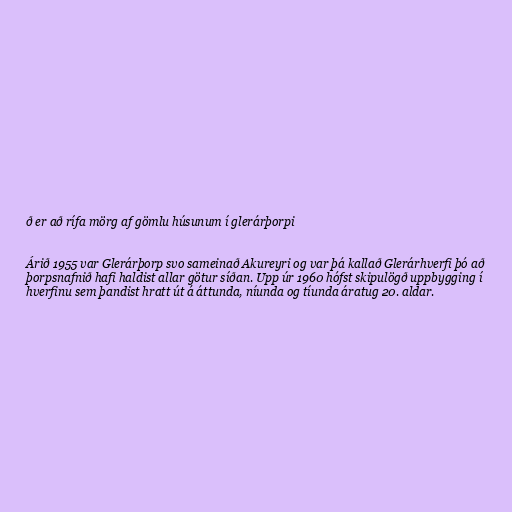
ð er að rífa mörg af gömlu húsunum í glerárþorpi

Árið 1955 var Glerárþorp svo sameinað Akureyri og var þá kallað Glerárhverfi þó að
þorpsnafnið hafi haldist allar götur síðan. Upp úr 1960 hófst skipulögð uppbygging í
hverfinu sem þandist hratt út á áttunda, níunda og tíunda áratug 20. aldar.